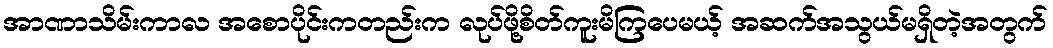
အာဏာသိမ်းကာလ အစောပိုင်းကတည်းက လုပ်ဖို့စိတ်ကူးမိကြပေမယ့် အဆက်အသွယ်မရှိတဲ့အတွက်